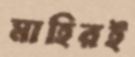
মাহিরই